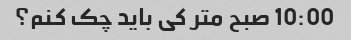
10:00 صبح متر کی باید چک کنم؟